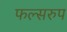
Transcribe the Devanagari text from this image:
फल्सरुप